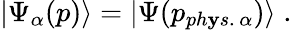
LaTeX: |\Psi_{\alpha}(p)\rangle=|\Psi(p_{ph\mathbf{y}s.\, \alpha})\rangle\; .